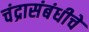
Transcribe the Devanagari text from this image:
चंद्रासंबंधीचे